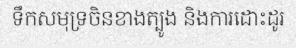
ទឹកសមុទ្រចិនខាងត្បូង និងការដោះដូរ